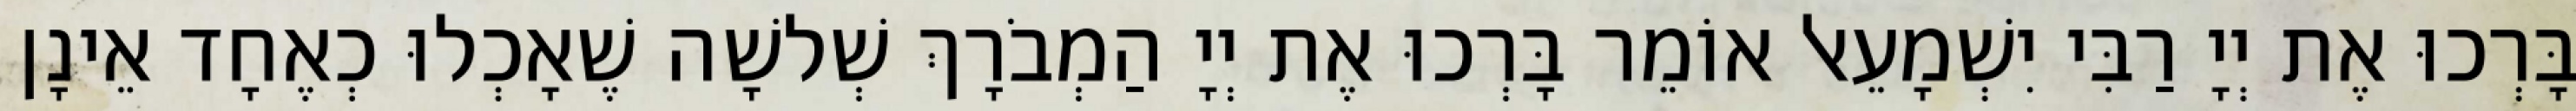
בָּרְכוּ אֶת יְיָ רַבִּי יִשְׁמָעֵאל אוֹמֵר בָּרְכוּ אֶת יְיָ הַמְבֹרָךְ שְׁלשָׁה שֶׁאָכְלוּ כְאֶחָד אֵינָן